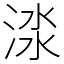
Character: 渁